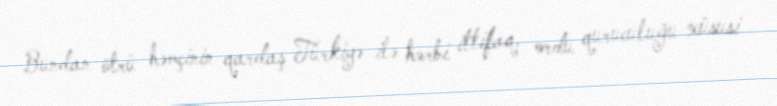
Bundan ötrü həmçinin qardaş Türkiyə ilə hərbi ittifaq, ordu quruculuğu xüsusi